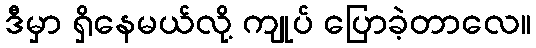
ဒီမှာ ရှိနေမယ်လို့ ကျုပ် ပြောခဲ့တာလေ။